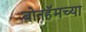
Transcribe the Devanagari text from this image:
बोनहॅमच्या